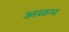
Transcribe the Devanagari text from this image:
अळम